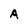
Character: A